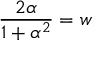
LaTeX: { \frac { 2 \alpha } { 1 + \alpha ^ { 2 } } } = w